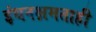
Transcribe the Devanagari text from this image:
इंधनक्षमताही